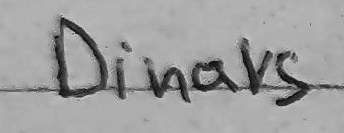
Dinars